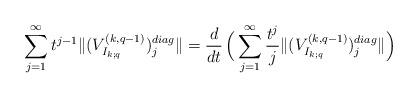
LaTeX: \begin{align*}\sum_{j=1}^{\infty}t^{j-1}\|(V^{(k,q-1)}_{I_{k;q}})^{diag}_j \|=\frac{d}{dt}\,\Big(\sum_{j=1}^{\infty}\frac{t^{j}}{j}\|(V^{(k,q-1)}_{I_{k;q}})^{diag}_j \|\Big)\end{align*}